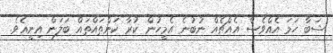
ޝަބާ ހަމަ އެއްވެސް އެއްޗެއް ނުބުނެ އެމީހުން ކުރާ ކަންތައްތައް ބަލަން އިނީއެވެ.